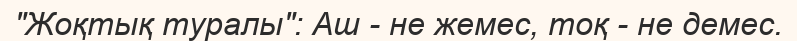
"Жоқтық туралы": Аш - не жемес, тоқ - не демес.